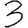
Digit: 3